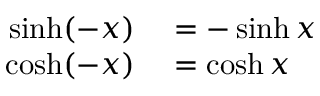
\begin{array} { r l } { \sinh ( - x ) } & { { } = - \sinh x } \\ { \cosh ( - x ) } & { { } = \cosh x } \end{array}